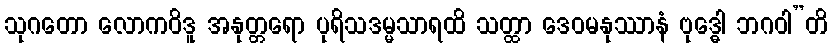
သုဂတော လောကဝိဒူ အနုတ္တရော ပုရိသဒမ္မသာရထိ သတ္ထာ ဒေဝမနုဿာနံ ဗုဒ္ဓေါ ဘဂဝါ”တိ